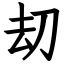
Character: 刧